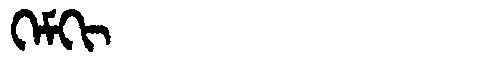
Manchu: ᡴᡝᠮᡴᡳ
Romanization: KEMKI